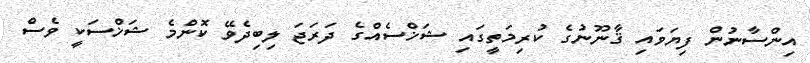
އިންސާނުން ފިޔަވައި ޤާނޫނުގެ ކުރިމަތީގައި ޝަޚްސެއްގެ ދަރަޖަ ލިބިދެވޭ ކޮންމެ ޝަޚްސަކީ ވެސް